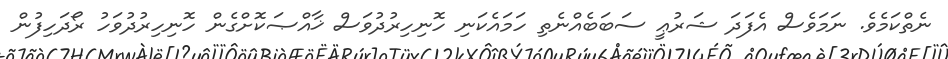
ނެތްކަމެވެ. ނަމަވެސް އެފަދަ ޝަރުޢީ ސަބަބެއްނެތި ހަމައެކަނި ހޮނިހިރުދުވަސް ޚާއްޞަކޮށްގެން ހޮނިހިރުދުވަހު ރޯދަހިފުން